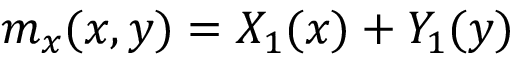
m _ { x } ( x , y ) = X _ { 1 } ( x ) + Y _ { 1 } ( y )